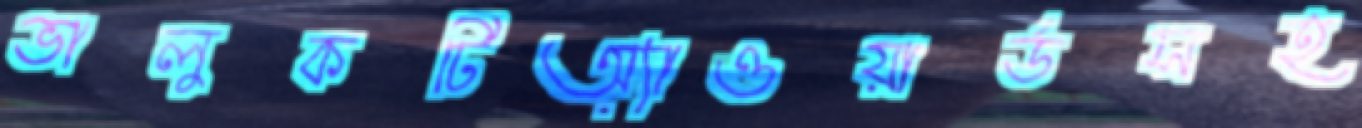
ভালুকটিঅ্যাওয়ার্ডসহ